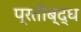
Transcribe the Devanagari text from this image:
प्रतीब्द्ध